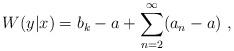
LaTeX: \begin{align*}W(y|x) = b_k - a + \sum_{n=2}^\infty ( a_n - a) \ ,\end{align*}